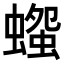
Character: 𧐫